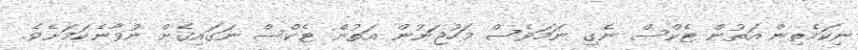
ނިކަމެތިން އަތުން ޓެކްސް ނެގި ނަމަވެސް މަހުޖަނުން އަތުން ޓެކްސް ނަގައިގެން ނުވާނެކަމަށެވެ.